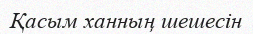
Қасым ханның шешесін